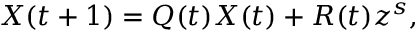
\begin{array} { r } { X ( t + 1 ) = Q ( t ) X ( t ) + R ( t ) z ^ { s } , } \end{array}